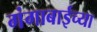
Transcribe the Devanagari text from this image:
गंगाबाईच्या